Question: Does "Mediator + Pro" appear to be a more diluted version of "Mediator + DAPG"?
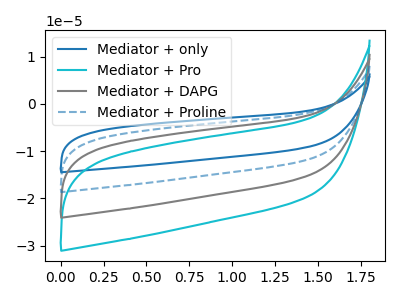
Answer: <think>The blue curve "Mediator + only" has no peaks. The cyan curve "Mediator + Pro" has no peaks. The gray curve "Mediator + DAPG" has no peaks. The blue dashed curve "Mediator + Proline" has no peaks.
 Neither "Mediator + Pro" or "Mediator + DAPG" have any peaks.</think>
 <answer>I cant tell if "Mediator + Pro" or "Mediator + DAPG" has higher concentration.</answer>
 <eval>mixed_concentration</eval>